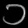
Digit: ၁